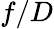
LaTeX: f/D